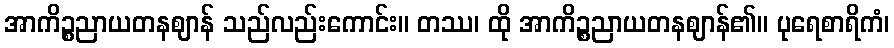
အာကိဉ္စညာယတနဈာန် သည်လည်းကောင်း။ တဿ၊ ထို အာကိဉ္စညာယတနဈာန်၏။ ပုရေစာရိကံ၊